Indian journal of veterinary science and animal husbandry - Volume 7,
Year: 1937
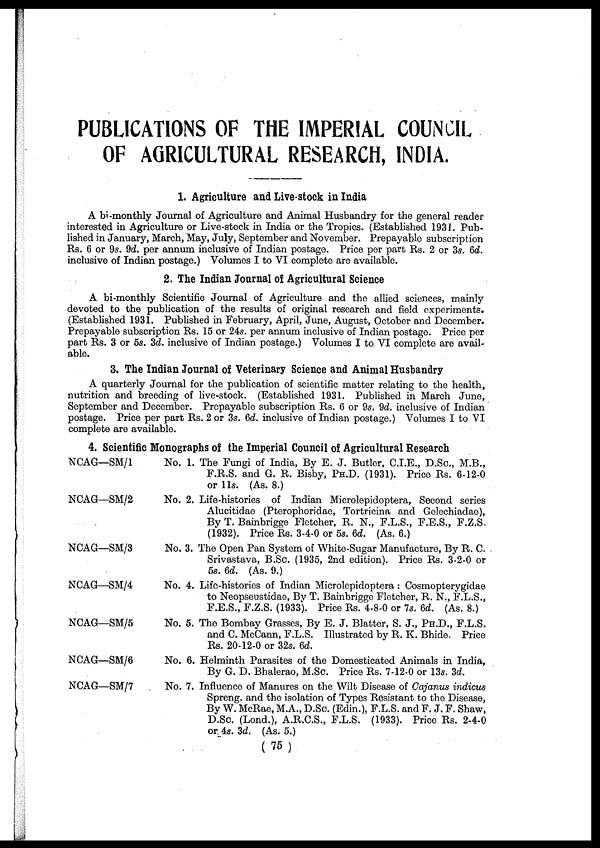
PUBLICATIONS OF THE IMPERIAL COUNCIL
OF AGRICULTURAL RESEARCH, INDIA.
1. Agriculture and Live-stock in India
A bi-monthly Journal of Agriculture and Animal Husbandry for the general reader
interested in Agriculture or Live-stock in India or the Tropics. (Established 1931. Pub-
lished in January, March, May, July, September and November. Prepayable subscription
Rs. 6 or 9s. 9d. per annum inclusive of Indian postage. Price per part Rs. 2 or 3s. 6d.
inclusive of Indian postage.) Volumes I to VI complete are available.
2. The Indian Journal of Agricultural Science
A bi-monthly Scientific Journal of Agriculture and the allied sciences, mainly
devoted to the publication of the results of original research and field experiments.
(Established 1931. Published in February, April, June, August, October and December.
Prepayable subscription Rs. 15 or 24s. per annum inclusive of Indian postage. Price per
part Rs. 3 or 5s. 3d. inclusive of Indian postage.) Volumes I to VI complete are avail-
able.
3. The Indian Journal of Veterinary Science and Animal Husbandry
A quarterly Journal for the publication of scientific matter relating to the health,
nutrition and breeding of live-stock. (Established 1931. Published in March June,
September and December. Prepayable subscription Rs. 6 or 9s. 9d. inclusive of Indian
postage. Price per part Rs. 2 or 3s. 6d. inclusive of Indian postage.) Volumes I to VI
complete are available.
4. Scientific Monographs of the Imperial Council of Agricultural Research
NCAG—SM/1
NCAG—SM/2
NCAG—SM/3
NCAG—SM/4
NCAG—SM/5
NCAG—SM/6
NCAG—SM/7
No. 1.
No. 2.
No. 3.
No. 4.
No. 5.
No. 6.
No. 7.
The Fungi of India, By E. J. Butler, C.I.E., D.Sc, M.B.,
F.R.S. and G. R. Bisby, PH.D. (1931). Price Rs. 6-12-0
or 11s. (As. 8.)
Life-histories of Indian Microlepidoptera, Second series
Alucitidae (Pterophoridae, Tortricina and Gelechiadae),
By T. Bainbrigge Fletcher, R. N., F.L.S., F.E.S., F.Z.S.
(1932). Price Rs. 3-4-0 or 5s. 6d. (As. 6.)
The Open Pan System of White-Sugar Manufacture, By R. C.
Srivastava, B.Sc. (1935, 2nd edition). Price Rs. 3-2-0 or
5s. 6d. (As. 9.)
Life-histories of Indian Microlepidoptera: Cosmopterygidae
to Neopseustidae, By T. Bainbrigge Fletcher, R. N., F.L.S.,
F.E.S., F.Z.S. (1933). Price Rs. 4-8-0 or 7s. 6d. (As. 8.)
The Bombay Grasses, By E. J. Blatter, S. J., PH.D., F.L.S.
and C. McCann, F.L.S. Illustrated by R. K. Bhide. Price
Rs. 20-12-0 or 32s. 6d.
Helminth Parasites of the Domesticated Animals in India,
By G. D. Bhalerao, M.Sc. Price Rs. 7-12-0 or 13s. 3d.
Influence of Manures on the Wilt Disease of Cajanus indicus
Spreng. and the isolation of Types Resistant to the Disease,
By W. McRae, M.A., D.Sc. (Edin.), F.L.S. and F. J. F. Shaw,
D.Sc. (Lond.), A.R.C.S., F.L.S. (1933). Price Rs. 2-4-0
or 4s. 3d. (As. 5.)
(75)